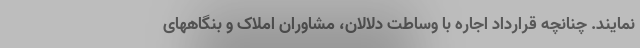
نمایند. چنانچه قرارداد اجاره با وساطت دلالان، مشاوران املاک و بنگاههای